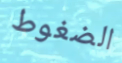
الضغوط